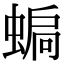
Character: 𧍮